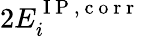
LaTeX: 2E_{i}^{\mathrm{~I~P~,~c~o~r~r~}}